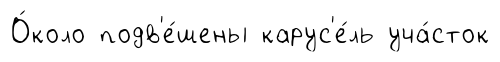
О́коло подв'е́шены карус'е́ль уча́сток